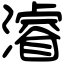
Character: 濬